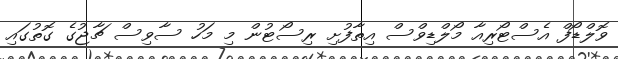
ވޮލްޑޯފް އެސްޓޯރިއާ މޯލްޑިވްސް އިތާފުށި ރިސޯޓުން މި މަހު ސާވިސް ޗާޖުގެ ގޮތުގައި